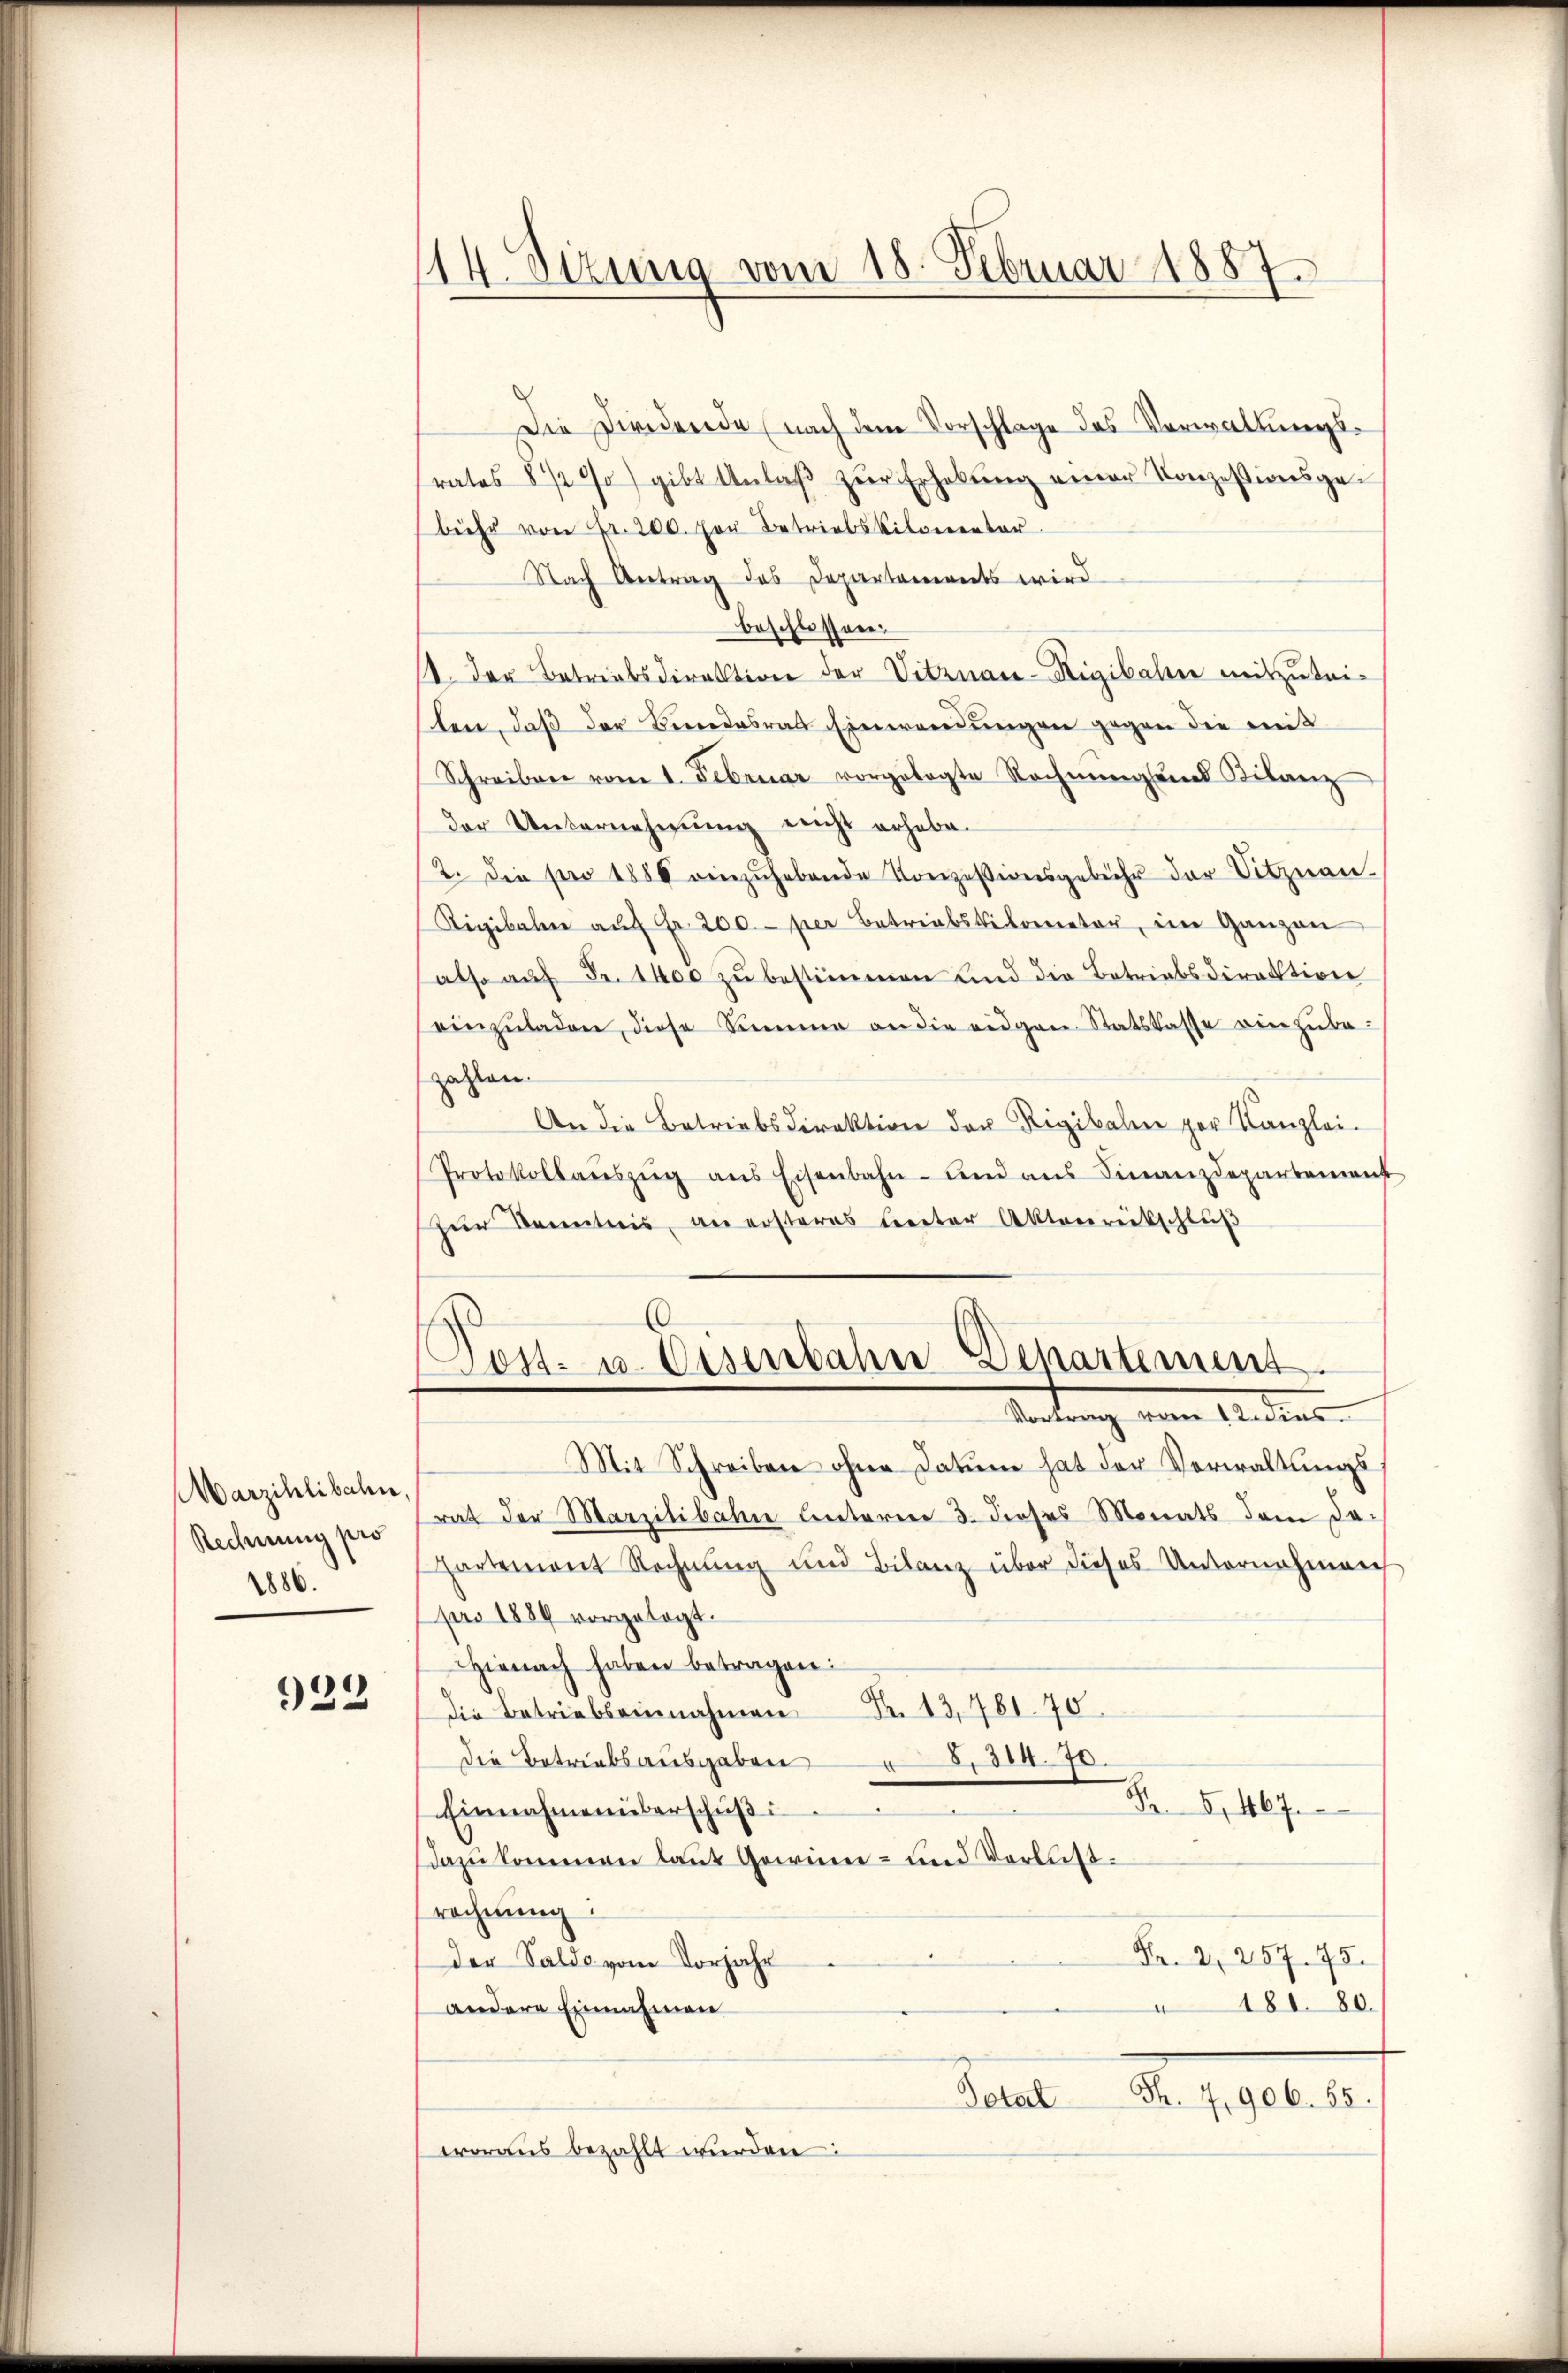
Marzihlibahn,
Rechnung pro
1886.

922

114. Sizung vom 18. Februar 1887.

Die Dividende (nach dem Vorschlage des Verwaltungsrates 8½ 00) gibt Anlaβ zŭr Erhebŭng einer Konzessionsgebühr von Fr. 200. Der Betriebskilomentar
Nach Antrag des Departements wird
beschlossen.
. der Betriebsdirektion der Vitznau-Rigibalen mitzutei-
ten, daß der Bundesrat Einwendungen gegen die mit
Schreiben vom 1. Februar vorgelegte Rechnŭngenes Kilanz
der Unternehmung nicht erhabe.
2. Die pro 1886 einzŭhebende Konzessionsgebühr der Sitznau.
Rigibale aŭf Fr. 200.- per Betriebstekorator, im Ganzen
also auf Fr. 1400 zu bestimmen und die Betriebsdirektion
einzŭladen, diese Summe an die eidgen. Statskasse einzŭbe-
zahlen.
An die Betriebsdirektion der Rigikalen par Kanzlei-
Protokollanszŭg ans Eisenbahn- und ans Finanzdepartement
Zur Kenntnis, an ersteres Cereter Aktenrückschluß
(Post- u. Eisenbahn Departement.
Vortrag vom 12 dies
Mit Schreiben ohne Datum hat der Verwaltungsrat der Marzilibahne Unterner 3. dieses Monats dem da-
hartement Rechnung und Bilanz über dieses Unternehmen
pro 1889 vorgelegt.
Hienach haben betragen:
Fr. 13,781. 70.
die Betriebseinnahmen
Die Betriebsausgaben 314. 70.
Nr. 81467.
Einnahmen überschŭβ
dazu kommen laut Gewinn- und Verlustrechnŭng:
Fr. 2, 257. 75.
der Saldo vom Vorjahr
181. 80.
e
andere Einnahmen
F. 4,906. 85.
Dotal
woraus bezahlt wurden: